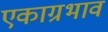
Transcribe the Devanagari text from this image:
एकाग्रभाव